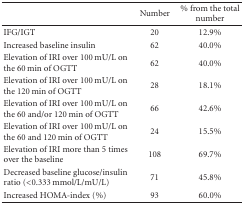
<table><thead><tr><td></td><td><b>Number</b></td><td><b>% from the total number</b></td></tr></thead><tbody><tr><td>IFG/IGT</td><td>20</td><td>12.9%</td></tr><tr><td>Increased baseline insulin</td><td>62</td><td>40.0%</td></tr><tr><td>Elevation of IRI over 100 mU/L on the 60 min of OGTT</td><td>62</td><td>40.0%</td></tr><tr><td>Elevation of IRI over 100 mU/L on the 120 min of OGTT</td><td>28</td><td>18.1%</td></tr><tr><td>Elevation of IRI over 100 mU/L on the 60 and/or 120 min of OGTT</td><td>66</td><td>42.6%</td></tr><tr><td>Elevation of IRI over 100 mU/L on the 60 and 120 min of OGTT</td><td>24</td><td>15.5%</td></tr><tr><td>Elevation of IRI more than 5 times over the baseline</td><td>108</td><td>69.7%</td></tr><tr><td>Decreased baseline glucose/insulin ratio (&lt;0.333 mmol/L/mU/L)</td><td>71</td><td>45.8%</td></tr><tr><td>Increased HOMA-index (%)</td><td>93</td><td>60.0%</td></tr></tbody></table>